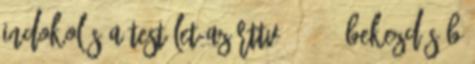
Indokolás A Testület az Rttv. 41. 1 bekezdés b